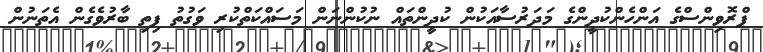
ޕްރޮވިންސްގެ އަންހެންކުދީންގެ މަދަރުސާއަކުން ކުދީންތައް ނުކުންނަން މަސައްކަތްކުރި ވަގުތު ފިތި ބާރުވެގެން އެތަނުން